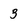
Character: 3